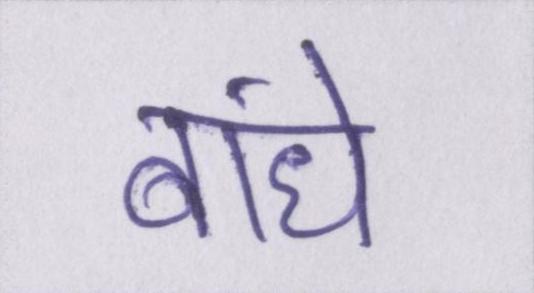
बांधे